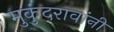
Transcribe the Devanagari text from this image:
मुकुंदरावांनी